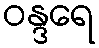
ဝန္ဒရေ